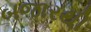
બજારથી